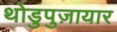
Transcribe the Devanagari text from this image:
थोडुपुज़ायार